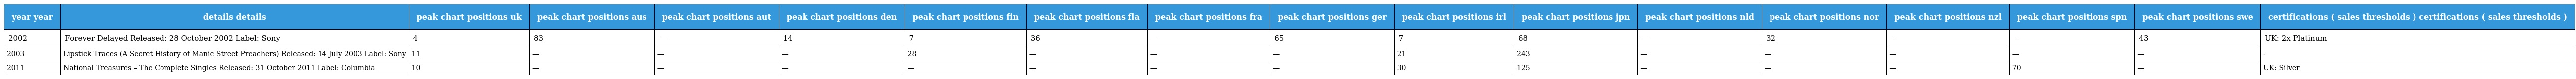
| year year | details details | peak chart positions uk | peak chart positions aus | peak chart positions aut | peak chart positions den | peak chart positions fin | peak chart positions fla | peak chart positions fra | peak chart positions ger | peak chart positions irl | peak chart positions jpn | peak chart positions nld | peak chart positions nor | peak chart positions nzl | peak chart positions spn | peak chart positions swe | certifications ( sales thresholds ) certifications ( sales thresholds ) |
 | --- | --- | --- | --- | --- | --- | --- | --- | --- | --- | --- | --- | --- | --- | --- | --- | --- | --- |
 | 2002 | Forever Delayed Released: 28 October 2002 Label: Sony | 4 | 83 | — | 14 | 7 | 36 | — | 65 | 7 | 68 | — | 32 | — | — | 43 | UK: 2x Platinum |
 | 2003 | Lipstick Traces (A Secret History of Manic Street Preachers) Released: 14 July 2003 Label: Sony | 11 | — | — | — | 28 | — | — | — | 21 | 243 | — | — | — | — | — | - |
 | 2011 | National Treasures – The Complete Singles Released: 31 October 2011 Label: Columbia | 10 | — | — | — | — | — | — | — | 30 | 125 | — | — | — | 70 | — | UK: Silver |